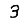
Digit: 3